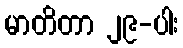
မာတိတာ ၂၉-ပါး